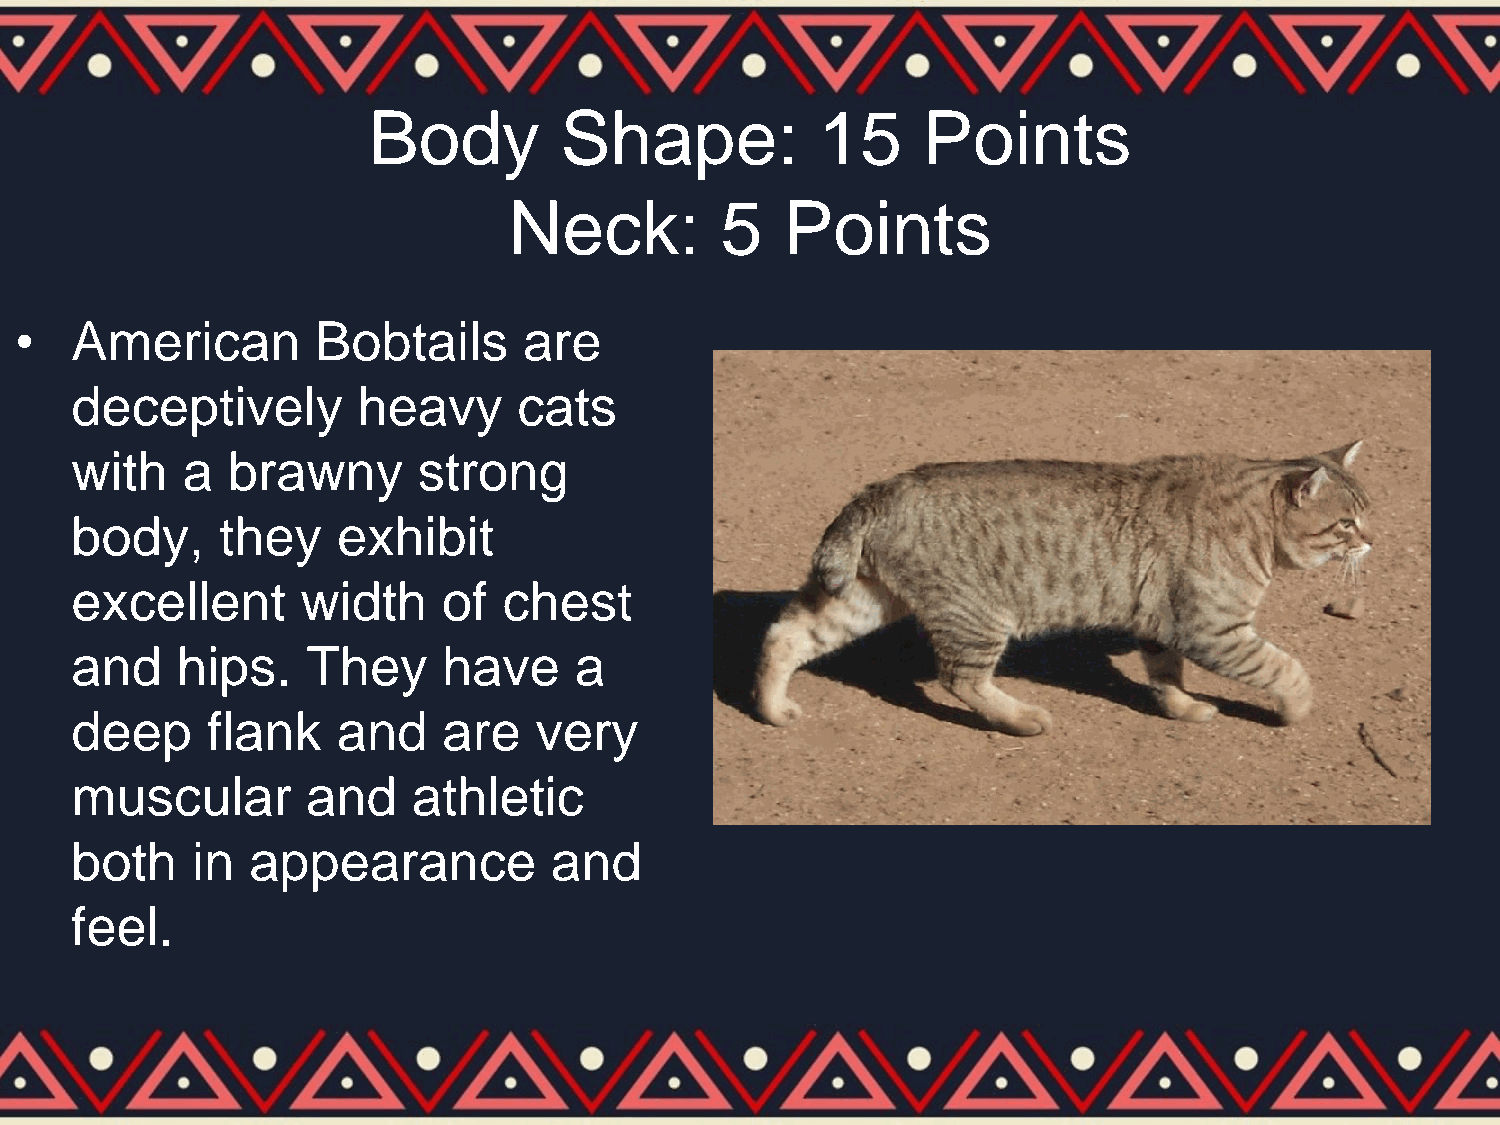
Body         Shape:           15     Points
 Neck:         5   Points
 •   American        Bobtails      are
 deceptively        heavy     cats
 with   a  brawny       strong
 body,     they   exhibit
 excellent      width    of  chest
 and    hips.   They     have     a
 deep     flank   and    are   very
 muscular       and    athletic
 both    in  appearance         and
 feel.